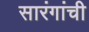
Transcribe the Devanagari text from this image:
सारंगांची